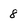
Character: 8